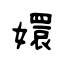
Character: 嬛